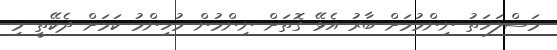
މަސްލަހަތު ނިންމުމަށް ބާރު އެޅޭ ގޮތަށް ނިންމުން މުހިންމު ކަމަށް ދެކޭތީ މި